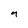
Character: 9